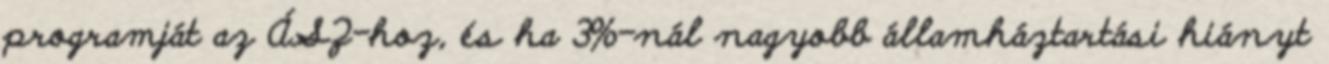
programját az ÁSZ-hoz, és ha 3%-nál nagyobb államháztartási hiányt